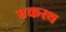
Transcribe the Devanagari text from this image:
एकस्थ